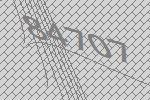
84707